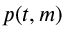
p ( t , m )